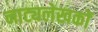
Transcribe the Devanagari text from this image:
नाट्यलेखकों